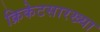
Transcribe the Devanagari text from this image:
क्रिकेटसारख्या